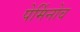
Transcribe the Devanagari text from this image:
पेर्मिनोव